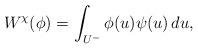
LaTeX: \begin{align*} W^{\chi}(\phi) = \int_{U^-} \phi(u) \psi(u) \, du, \end{align*}